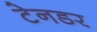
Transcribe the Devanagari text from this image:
टेनडर